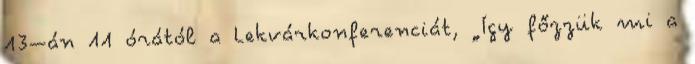
13–án 11 órától a Lekvárkonferenciát, „Így főzzük mi a